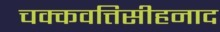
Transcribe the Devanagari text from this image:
चक्कवत्तिसीहनाद